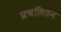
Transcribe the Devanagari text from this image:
प्रचलितन